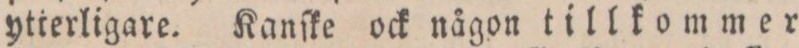
ytṙerligare. Kanſke ock någon tillkommer